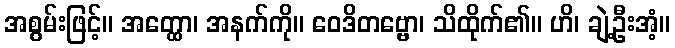
အစွမ်းဖြင့်။ အတ္ထော၊ အနက်ကို။ ဝေဒိတဗ္ဗော၊ သိထိုက်၏။ ဟိ၊ ချဲ့ဦးအံ့။